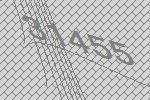
31455